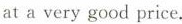
at a very good price.